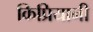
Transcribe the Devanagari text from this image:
किप्रियानी